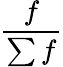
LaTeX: \frac{f}{\sum f}